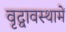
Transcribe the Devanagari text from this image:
वृद्वावस्थामें